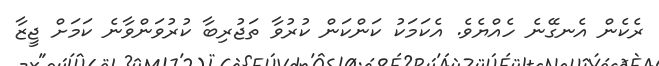
ރެކެން އެނގޭނެ ހެއްޔެވެ. އެކަމަކު ކަންކަން ކުރުވާ ތަޖުރިބާ ކުރުވަންވާނެ ކަމަށް ޖީޒާ